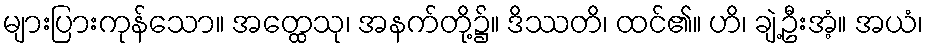
များပြားကုန်သော။ အတ္ထေသု၊ အနက်တို့၌။ ဒိဿတိ၊ ထင်၏။ ဟိ၊ ချဲ့ဦးအံ့။ အယံ၊